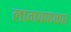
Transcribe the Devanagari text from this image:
लागवणकर